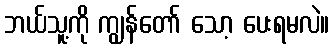
ဘယ်သူ့ကို ကျွန်တော် သော့ ပေးရမလဲ။